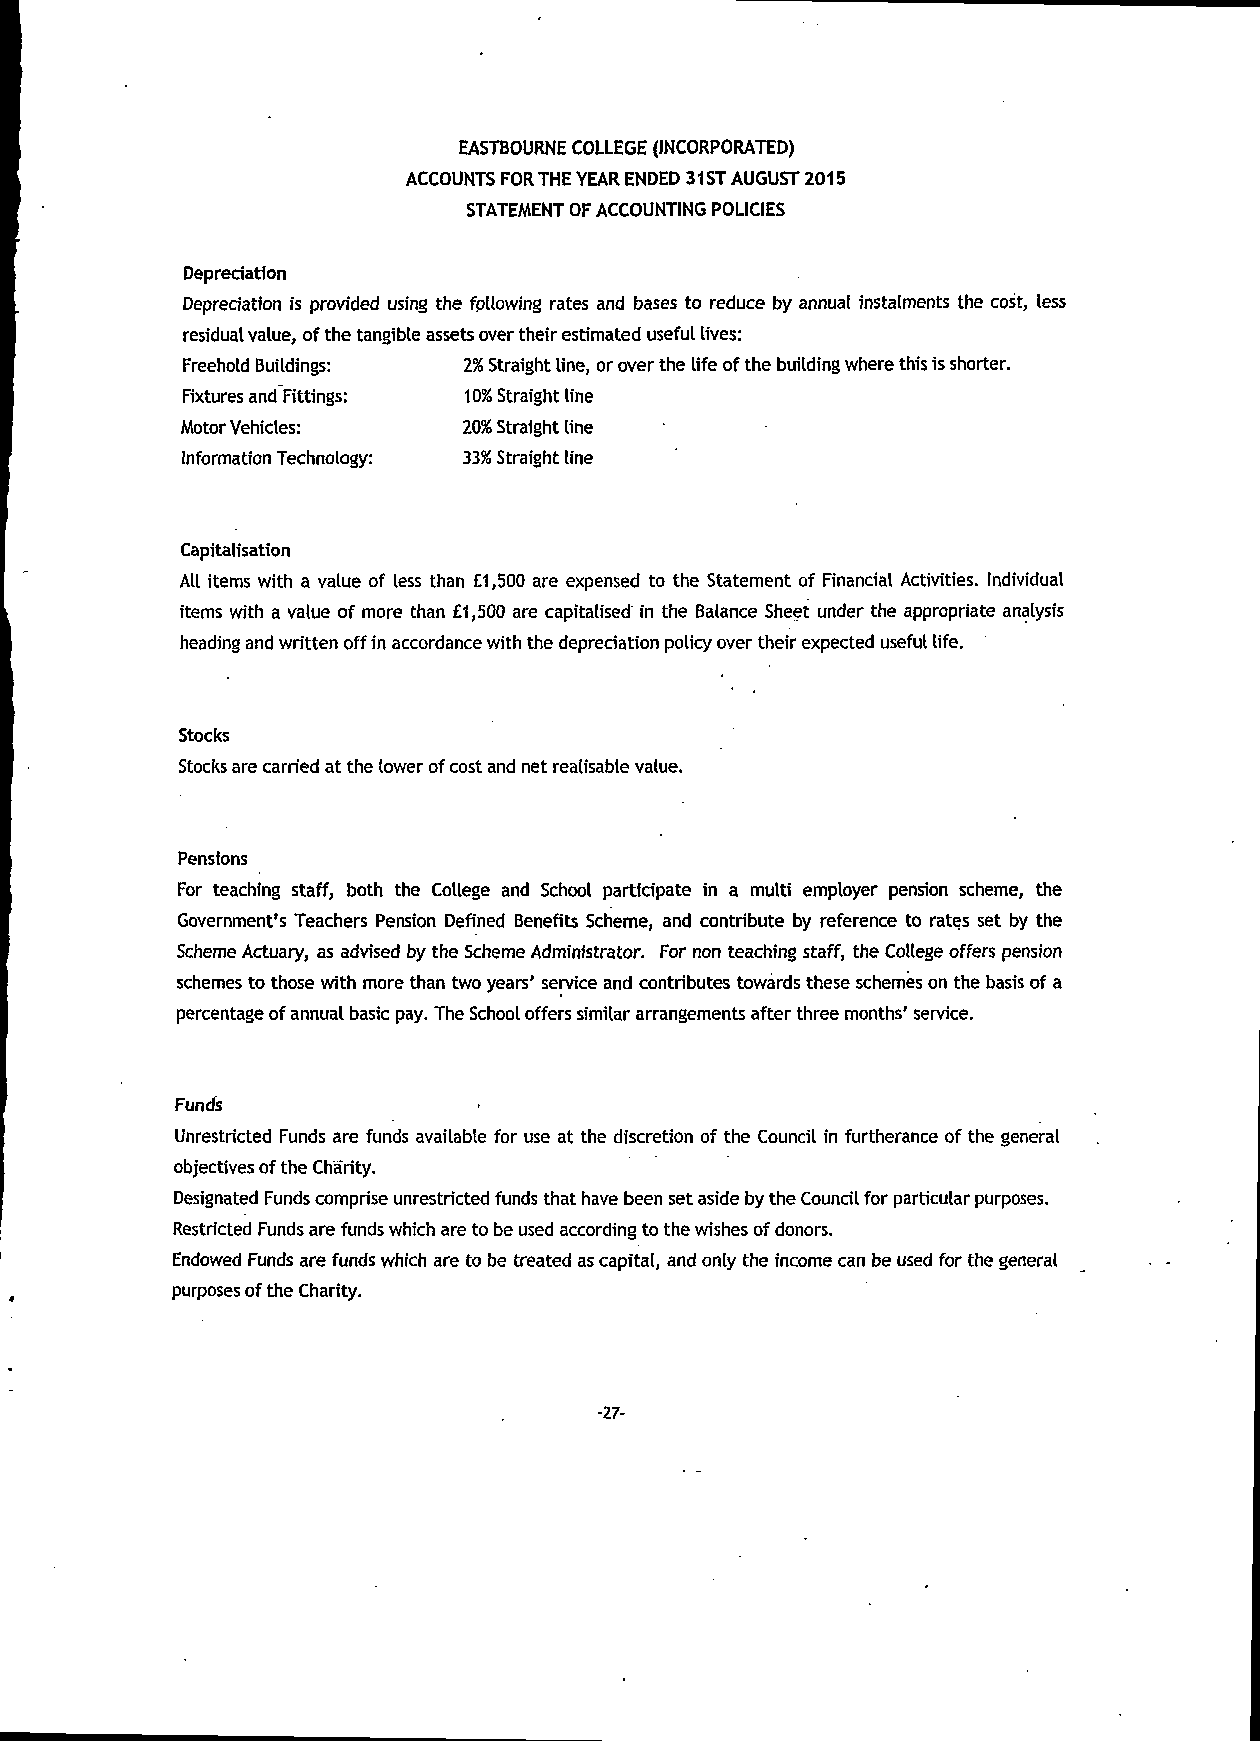
EASTBOURNE COLLEGE (INCORPORATED)
 ACCOUNTS FOR THE YEAR ENDED 31ST AUGUST 2015
 STATEMENT OF ACCOUNTING POLICIES
 Depreciation
 Depreciation is provided using the following rates and bases to reduce by annual instalments the cost, less
 residual value, of the tangible assets over their estimated useful lives:
 Freehold Buildings: 2% Straight line, or over the life of the building where this is shorter.
 Fixtures and Fittings: 10% Straight line
 Motor Vehicles:    20% Straight line
 Information Technology: 33% Straight line
 Capitalisation
 All items with a value of less than £1,500 are expensed to the Statement of Financial Activities. Individual
 items with a value of more than £1,500 are capitalised in the Balance Sheet under the appropriate analysis
 heading and written off in accordance with the depredation policy over their expected useful life.
 Stocks
 Stocks are carried at the lower of cost and net realisable value.
 Pensions
 For teaching staff, both the College and School participate in a multi employer pension scheme, the
 Government's Teachers Pension Defined Benefits Scheme, and contribute by reference to rates set by the
 Scheme Actuary, as advised by the Scheme Administrator. For non teaching staff, the College offers pension
 schemes to those with more than two years' service and contributes towards these schemes on the basis of a
 percentage of annual basic pay. The School offers similar arrangements after three months' service.
 Funds
 Unrestricted Funds are funds available for use at the discretion of the Council in furtherance of the general
 objectives of the Charity.
 Designated Funds comprise unrestricted funds that have been set aside by the Council for particular purposes.
 Restricted Funds are funds which are to be used according to the wishes of donors.
 Endowed Funds are funds which are to be treated as capital, and only the income can be used for the general
 purposes of the Charity.
 -27-